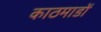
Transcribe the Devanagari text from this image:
काठमाडों